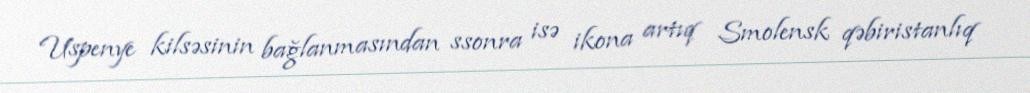
Uspenye kilsəsinin bağlanmasından ssonra isə ikona artıq Smolensk qəbiristanlıq